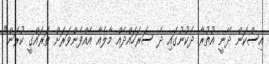
އިސްކަން ދޭނީ އުތުރާ ދެކުނުގައި ދެ ސަރަހައްދެއް މާލެއާ އެއްފެންވަރަށް ތަރައްގީ ކުރަން"